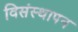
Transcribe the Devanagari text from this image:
विसंस्थापन